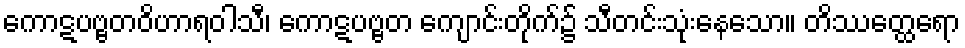
ကောဋပဗ္ဗတဝိဟာရဝါသီ၊ ကောဋပဗ္ဗတ ကျောင်းတိုက်၌ သီတင်းသုံးနေသော။ တိဿတ္ထေရော